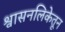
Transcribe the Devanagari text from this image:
श्वासनलिकेतून